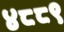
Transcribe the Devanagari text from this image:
४८८९